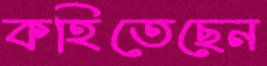
কহিতেছেন